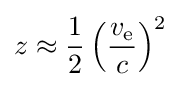
z\approx {\frac {1}{2}}\left({\frac {v_{\text{e}}}{c}}\right)^{2}